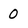
Character: 0